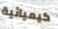
كيميائية